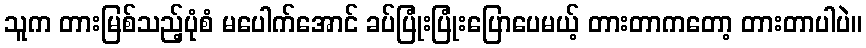
သူက တားမြစ်သည့်ပုံစံ မပေါက်အောင် ခပ်ပြုံးပြုံးပြောပေမယ့် တားတာကတော့ တားတာပါပဲ။